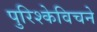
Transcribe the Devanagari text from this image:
पुरिश्केविचने